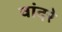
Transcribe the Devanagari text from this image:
वांदरे